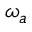
\omega _ { a }